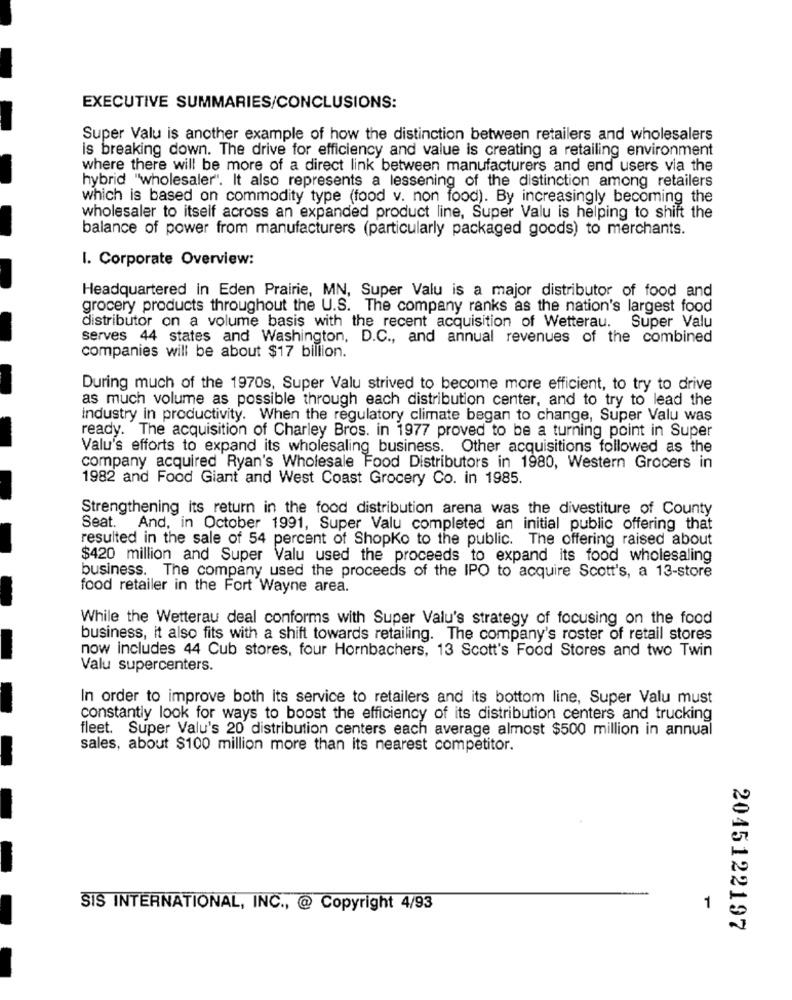
EXECUTIVE SUMMARIES/CONCLUSIONS:
Super Valu is another example of how the distinction between retailers and wholesalers
is breaking down. The drive for efficiency and value is creating a retailing environment
where there will be more of a direct link between manufacturers and end users via the
hybrid "wholesaler". It also represents a lessening of the distinction among retailers
which is based on commodity type (food v. non food). By increasingly becoming the
wholesaler to itself across an expanded product line, Super Valu is helping to shift the
balance of power from manufacturers (particularly packaged goods) to merchants.
I. Corporate Overview:
Headquartered in Eden Prairie, MN, Super Valu is a major distributor of food and
grocery products throughout the U.S. The company ranks as the nation's largest food
distributor on a volume basis with the recent acquisition of Wetterau. Super Valu
serves 44 states and Washington, D.C ., and annual revenues of the combined
companies will be about $17 billion.
During much of the 1970s, Super Valu strived to become more efficient, to try to drive
as much volume as possible through each distribution center, and to try to lead the
industry in productivity. When the regulatory climate began to change, Super Valu was
ready. The acquisition of Charley Bros. in 1977 proved to be a turning point in Super
Valu's efforts to expand its wholesaling business. Other acquisitions followed as the
company acquired Ryan's Wholesale Food Distributors in 1980, Western Grocers in
1982 and Food Giant and West Coast Grocery Co. in 1985.
Strengthening its return in the food distribution arena was the divestiture of County
Seat. And, in October 1991, Super Valu completed an initial public offering that
resulted in the sale of 54 percent of Shopko to the public. The offering raised about
$420 million and Super Valu used the proceeds to expand its food wholesaling
business. The company used the proceeds of the IPO to acquire Scott's, a 13-store
food retailer in the Fort Wayne area.
While the Wetterau deal conforms with Super Valu's strategy of focusing on the food
business, it also fits with a shift towards retailing. The company's roster of retail stores
now includes 44 Cub stores, four Hornbachers, 13 Scott's Food Stores and two Twin
Valu supercenters.
In order to improve both its service to retailers and its bottom line, Super Valu must
constantly look for ways to boost the efficiency of its distribution centers and trucking
fleet. Super Valu's 20 distribution centers each average almost $500 million in annual
sales, about $100 million more than its nearest competitor.
1
SIS INTERNATIONAL, INC ., @ Copyright 4/93
2045122197